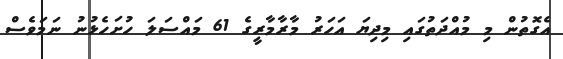
އެގޮތުން މި މުއްދަތުގައި މިދިޔަ އަހަރު މާރާމާރީގެ 61 މައްސަލަ ހުށަހެޅުނު ނަމަވެސް